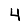
Digit: 4